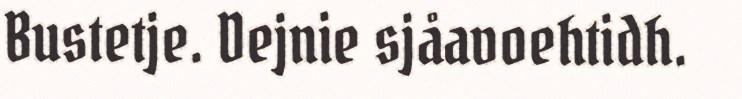
Bustetje. Dejnie sjåavoehtidh.